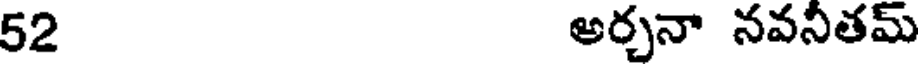
52 అర్చనా నవనీతమ్